King Institute of Preventive Medicine Micro-Biological Section reports 1909-11
Year: 1909
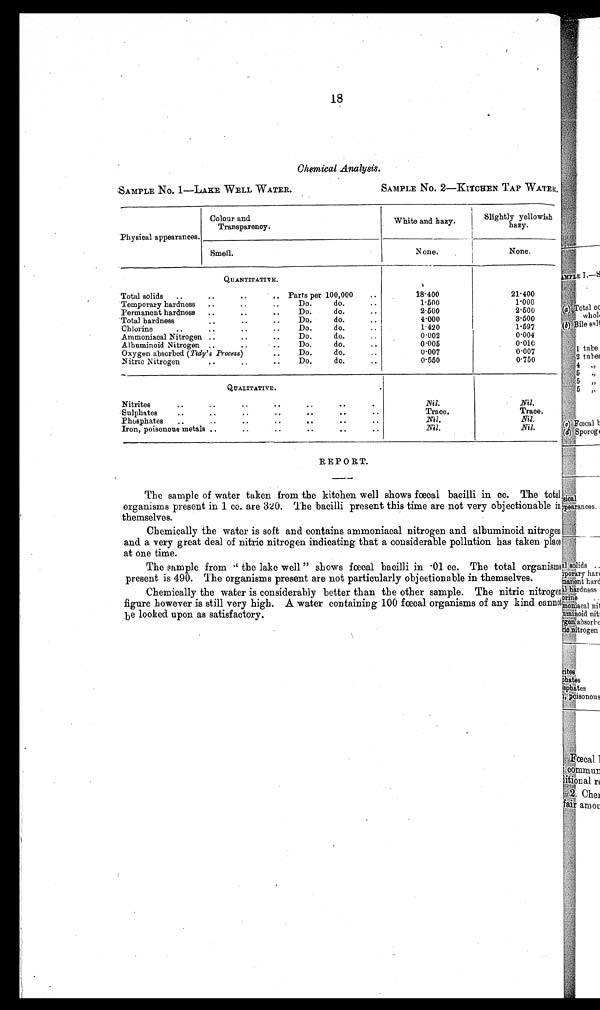
18
Chemical Analysis.
SAMPLE NO. 1—LAKE WELL WATER.
SAMPLE NO. 2—KITCHEN TAP WATER.
Physical appearances.
Colour and
Transparency.
White and hazy.
Slightly yellowish
hazy.
Smell.
None.
None.
QUANTITATIVE.
Total solids .... . .
Parts per 100,000
..
1 8 . 4 0 0
21.400
Temporary hardness..
..
Do.
do.
..
1.500
1.000
Permanent hardness ....
.
Do.
do.
..
2.500
2.500
Total hardness.. ..
..
Do.
do.
..
4 . 0 0 0
3.500
Chlorine
.. ..
Do.
do.
..
1.420
1.597
Ammoniacal Nitrogen ... .
Do.
do.
. .
0.002
0.004
Albuminoid Nitrogen ..
..
Do.
do.
..
0.005
0.010
Oxygen absorbed ( Tidy' s Process)
..
Do.
do.
0.007
0.007
Nitric Nitrogen
...
Do.
do.
. .
0.550
0.750
QUALITATIVE.
Nitrites
..
..
..
.. .. ..
Nil.
Nil.
Sulphates
..
..
..
.. .. ..
Trace.
Trace.
Phosphates .. .. .. .. .. .. ..
Nil.
Nil.
Iron, poisonous metals ..
..
..
..
..
Nil.
Nil.
REPORT.
The sample of water taken from the kitchen well shows fœcal bacilli in cc. The total
organisms present in 1 cc. are 320. The bacilli present this time are not very objectionable
i n
themselves.
Chemically the water is soft and contains ammoniacal nitrogen and albuminoid nitrogen
and a very great deal of nitric nitrogen indicating that a considerable pollution has taken place
at one time.
The sample from " the lake well " shows fœcal bacilli in .01 cc. The total organisms
present is 490. The organisms present are not particularly objectionable in themselves.
Chemically the water is considerably better than the other sample. The nitric nitrogen
figure however is still very high. A water containing 100 fœcal organisms of any kind cannot
be looked upon as satisfactory.